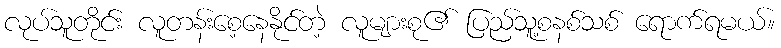
လုပ်သူတိုင်း လူတန်းစေ့နေနိုင်တဲ့ လူများစု၏ ပြည်သူ့စနစ်သစ် ရောက်ရမယ်။